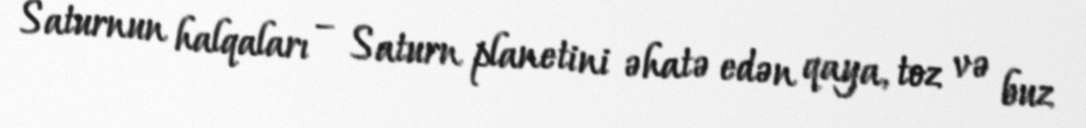
Saturnun halqaları – Saturn planetini əhatə edən qaya, toz və buz